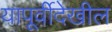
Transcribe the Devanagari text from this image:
यापूर्वीदेखील